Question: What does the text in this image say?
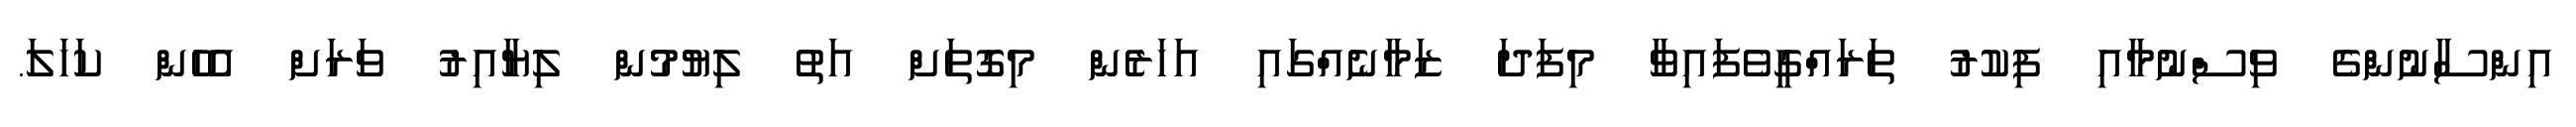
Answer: އިންސާނުންގެ ވިސްނުމާއި ފިކުރު ތަރައްގީވެފައިވާ މިފަދަ ޒަމާނެއްގައި އަހަރެން މިގޮތަށް އަތު ލިޔުމުން ލިޔާއިރު ވަރަށް އެހެން ކަހަލަ.